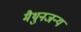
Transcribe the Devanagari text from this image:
मैथुनजन्य